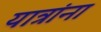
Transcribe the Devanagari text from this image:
यात्रांना